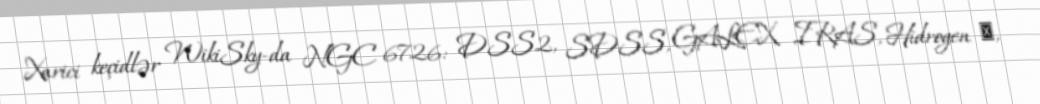
Xarici keçidlər WikiSky-da NGC 6726: DSS2, SDSS, GALEX, IRAS, Hidrogen α,